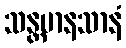
သန္တမာနသာနံ